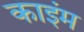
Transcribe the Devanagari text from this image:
काइंम